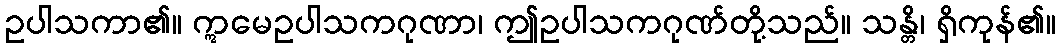
ဥပါသကာ၏။ ဣမေဥပါသကဂုဏာ၊ ဤဥပါသကဂုဏ်တို့သည်။ သန္တိ၊ ရှိကုန်၏။